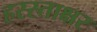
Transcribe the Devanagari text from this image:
हस्स्ताक्षर